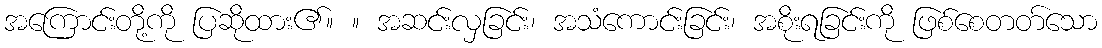
အကြောင်းတို့ကို ပြဆိုထား၏။ ။ အဆင်းလှခြင်း၊ အသံကောင်းခြင်း၊ အစိုးရခြင်းကို ဖြစ်စေတတ်သော